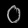
Digit: ၀